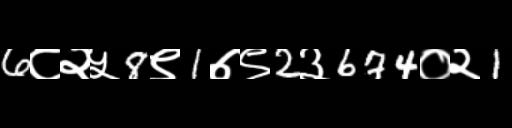
Text: 6८२५8९1७९2३674०२1